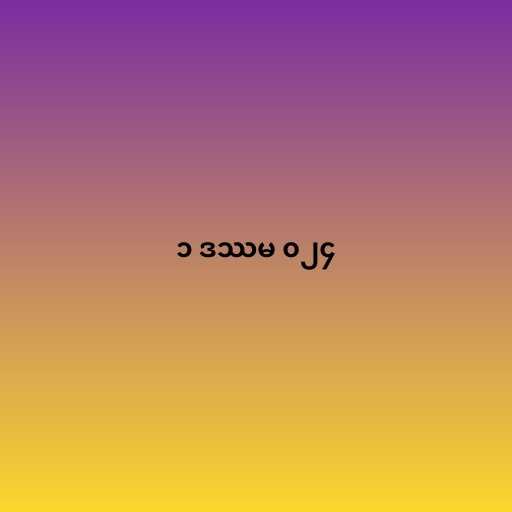
၁ ဒဿမ ၀၂၄